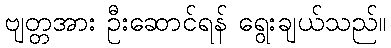
ဗျတ္တအား ဦးဆောင်ရန် ရွေးချယ်သည်။